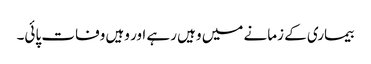
بیماری کے زمانے میں وہیں رہے اور وہیں وفات پائی۔